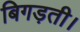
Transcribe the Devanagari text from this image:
बिगड़ती।